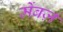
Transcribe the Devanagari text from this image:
मेंबर्ज़